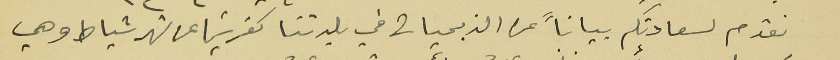
نقدم لسعادتكم بياناً عن الذبحيات في بلدتنا كفرشيما عن شهر شباط وهي